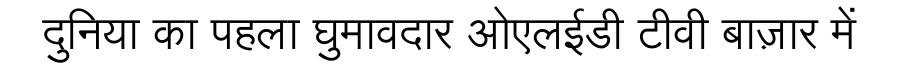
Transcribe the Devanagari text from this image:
दुनिया का पहला घुमावदार ओएलईडी टीवी बाज़ार में